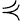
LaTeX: \curlyeqprec